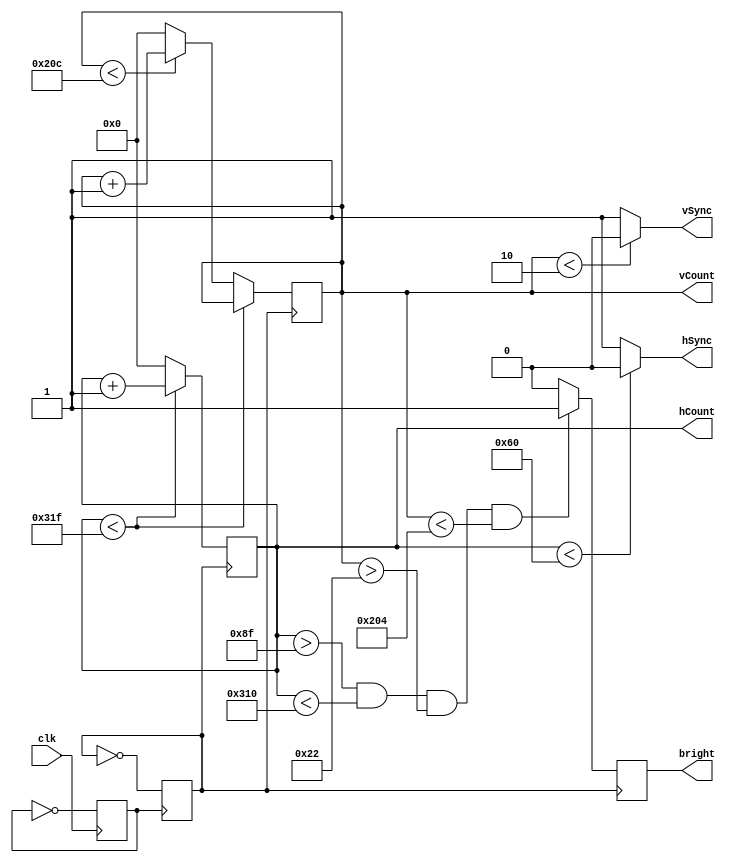
`timescale 1ns / 1ps
//////////////////////////////////////////////////////////////////////////////////
// EE354 Project - Space Monsters
// Haomei Liu, Denny Shen
// Nov 13, 2020
// 
// display_controller.v: handles vga display
//////////////////////////////////////////////////////////////////////////////////
module display_controller(
	input clk,
	output hSync, vSync,
	output reg bright,
	output reg[9:0] hCount, 
	output reg [9:0] vCount // Covers 800, width of the screen, because it's 2^10
	);
	
	reg pulse;
	reg clk25;
	
	initial begin // Set all of them initially to 0
		clk25 = 0;
		pulse = 0;
	end
	
	always @(posedge clk)
		pulse = ~pulse;
	always @(posedge pulse)
		clk25 = ~clk25;
		
	always @ (posedge clk25)
		begin
		if (hCount < 10'd799)
			begin
			hCount <= hCount + 1;
			end
		else if (vCount < 10'd524)
			begin
			hCount <= 0;
			vCount <= vCount + 1;
			end
		else
			begin
			hCount <= 0;
			vCount <= 0;
			end
		end
		
	assign hSync = (hCount < 96) ? 0:1;
	assign vSync = (vCount < 2) ? 0:1;
		
	always @(posedge clk25)
		begin
		if(hCount > 10'd143 && hCount < 10'd784 && vCount > 10'd34 && vCount < 10'd516)
			bright <= 1;
		else
			bright <= 0;
		end	
		
endmodule